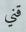
قني